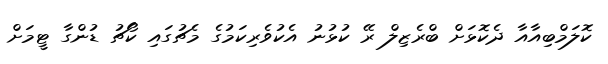
ކޮލަމްބިއާއާ ދެކޮޅަށް ބްރެޒިލް ރޭ ކުޅުނު އެކުވެރިކަމުގެ މެޗުގައި ކޯޗު ޑުންގާ ޓީމަށް